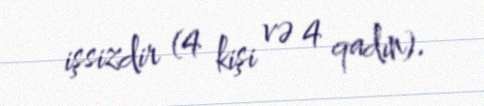
işsizdir (4 kişi və 4 qadın).